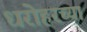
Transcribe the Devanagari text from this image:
धरोहरच्या